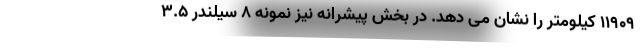
11909 کیلومتر را نشان می دهد. در بخش پیشرانه نیز نمونه 8 سیلندر 3.5